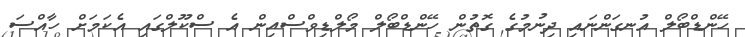
ހޭންޑްބޯލް އުނގަންނައި ދިނުމުގެ ގޮތުން ހޭންޑްބޯލް މޯލްޑިވްސްއިން އެ ސްކޫލްގައި އެކަމަށް ހާއްސަ